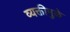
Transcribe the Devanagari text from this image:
व्यक्तीमुळे